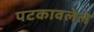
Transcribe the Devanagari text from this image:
पटकावलेले